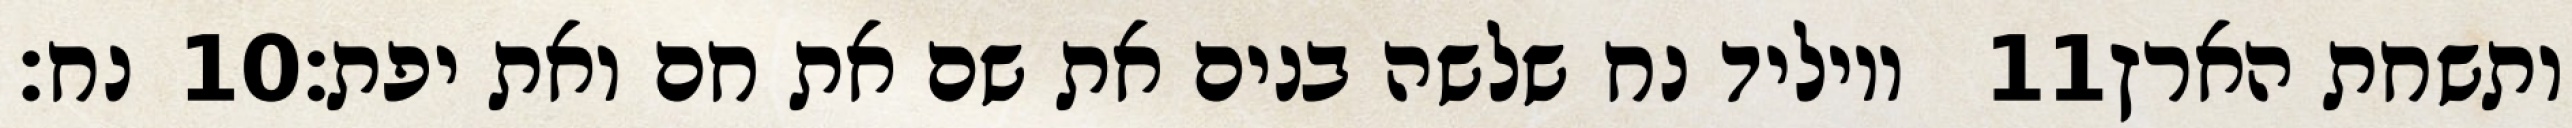
נח׃ ‎10‏ ויוליד נח שלשה בנים את שם את חם ואת יפת׃ ‎11‏ ותשחת הארץ